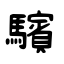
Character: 驞